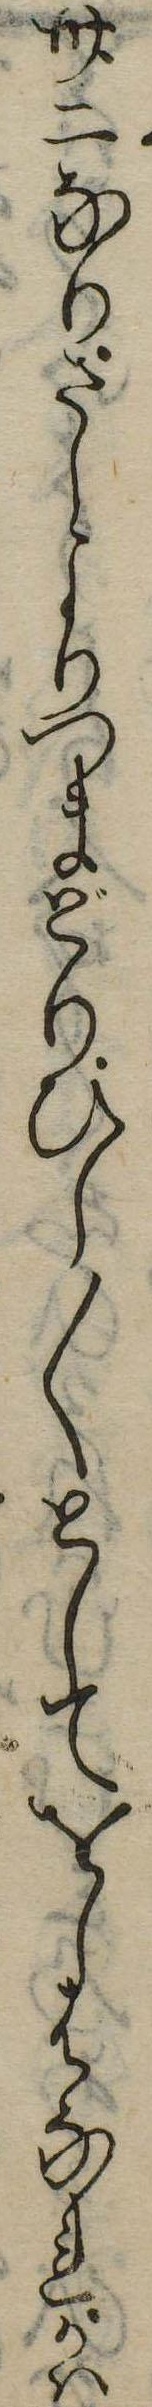
卅二なりさしよりつまどりひし〱としてをしはなれかは